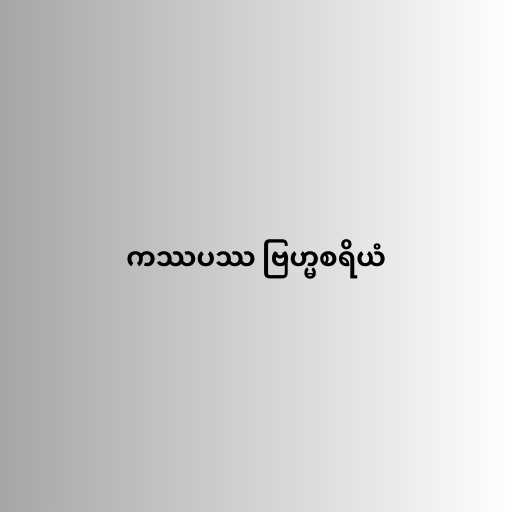
ကဿပဿ ဗြဟ္မစရိယံ